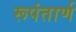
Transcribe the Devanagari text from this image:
रूपंतार्ण